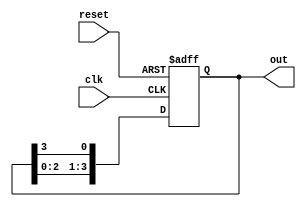
module ring_counter #(
    parameter N = 4   // Number of memory blocks (flip-flops)
)(
    input wire clk,    // Clock signal
    input wire reset,  // Asynchronous reset signal
    output reg [N-1:0] out // Output representing the state of the counter
);

    // Initialization of the counter state
    initial begin
        out = 1'b1; // Start with the first flip-flop set to '1'
    end

    always @(posedge clk or posedge reset) begin
        if (reset) begin
            out <= 1'b1; // Reset the counter to the initial state
        end else begin
            out <= {out[N-2:0], out[N-1]}; // Shift the '1' to the next flip-flop
        end
    end

endmodule